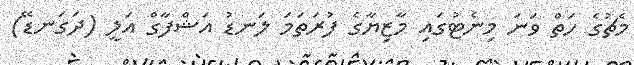
މެޗުގެ ހަތް ވަނަ މިނެޓުގައި މާޒިޔާގެ ފުރަތަމަ ލަނޑު އަޝްފާގް އަލީ (ދަގަނޑޭ)